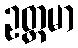
ဥတ္တမာ